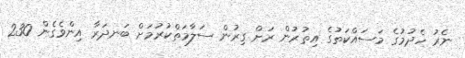
ނެރު ހެދުމުގެ މަސައްކަތުގެ އިތުރުން ރަށް ގިރުން ސަލާމަތްކުރުމަށް ބަނދަރާ އިންވެގެން 230